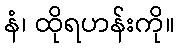
နံ၊ ထိုရဟန်းကို။